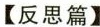
【反思篇】